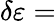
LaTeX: \delta\varepsilon=